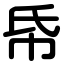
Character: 帋